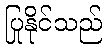
ပြုနိုင်သည်